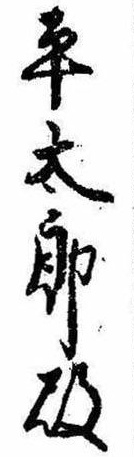
平太郎殿